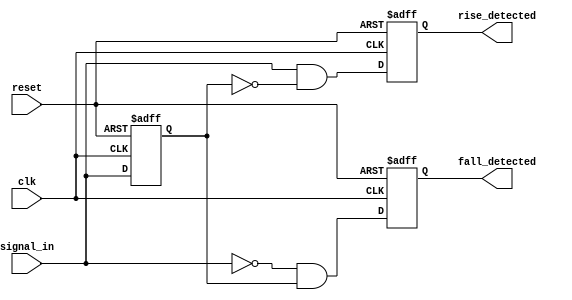
module dual_edge_detector (
    input wire clk,                 // Clock signal
    input wire reset,               // Asynchronous reset signal
    input wire signal_in,           // Input signal to detect edges
    output reg rise_detected,       // Rising edge detected output
    output reg fall_detected         // Falling edge detected output
);

    // Memory blocks to hold previous states
    reg prev_state;                 // State from the previous clock cycle
    reg prev_prev_state;            // State from two clock cycles ago

    // Initialization process
    always @(posedge clk or posedge reset) begin
        if (reset) begin
            // Resetting registers
            prev_state <= 0;
            prev_prev_state <= 0;
            rise_detected <= 0;
            fall_detected <= 0;
        end else begin
            // Shift the states for the current clock
            prev_prev_state <= prev_state; // Update to hold previous state
            prev_state <= signal_in;       // Capture current state
            
            // Edge detection logic
            rise_detected <= (signal_in == 1 && prev_state == 0);
            fall_detected <= (signal_in == 0 && prev_state == 1);
        end
    end

endmodule